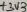
Text: +3V3